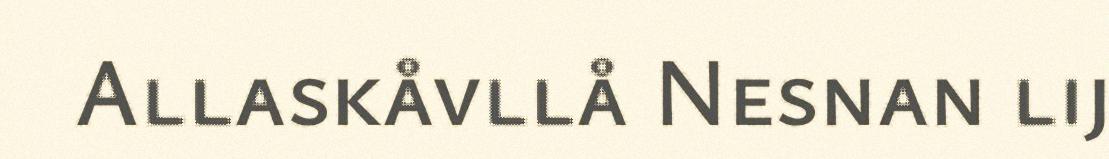
Allaskåvllå Nesnan lij